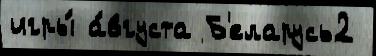
игры́ а́вгуста Б'еларусь2